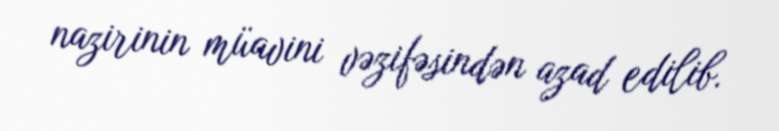
nazirinin müavini vəzifəsindən azad edilib.